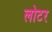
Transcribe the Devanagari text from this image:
लोटर